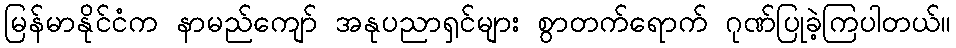
မြန်မာနိုင်ငံက နာမည်ကျော် အနုပညာရှင်များ စွာတက်ရောက် ဂုဏ်ပြုခဲ့ကြပါတယ်။